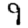
Digit: 9